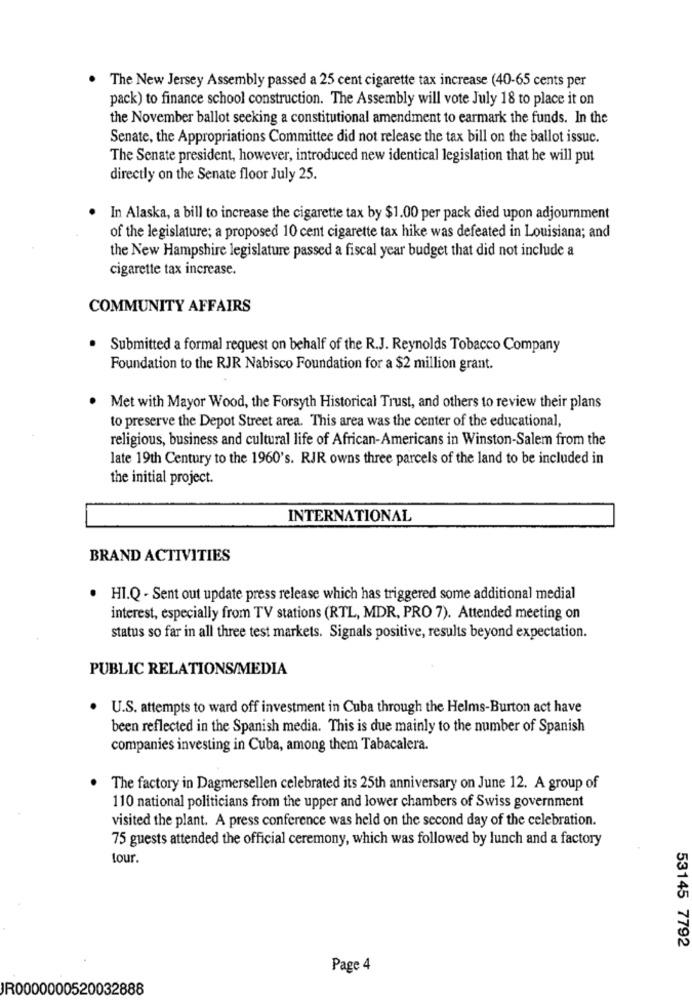
. The New Jersey Assembly passed a 25 cent cigarette tax increase (40-65 cents per
pack) to finance school construction. The Assembly will vote July 18 to place it on
the November ballot seeking a constitutional amendment to earmark the funds. In the
Senate, the Appropriations Committee did not release the tax bill on the ballot issuc.
The Senate president, however, introduced new identical legislation that he will put
directly on the Senate floor July 25.
In Alaska, a bill to increase the cigarette tax by $1.00 per pack died upon adjournment
of the legislature; a proposed 10 cent cigarette tax hike was defeated in Louisiana; and
the New Hampshire legislature passed a fiscal year budget that did not include a
cigarette tax increase.
COMMUNITY AFFAIRS
.
Submitted a formal request on behalf of the R.J. Reynolds Tobacco Company
Foundation to the RJR Nabisco Foundation for a $2 million grant.
.
Met with Mayor Wood, the Forsyth Historical Trust, and others to review their plans
to preserve the Depot Street area. This area was the center of the educational,
religious, business and cultural life of African-Americans in Winston-Salem from the
late 19th Century to the 1960's. RJR owns three parcels of the land to be included in
the initial project.
INTERNATIONAL
BRAND ACTIVITIES
· HI.Q - Sent out update press release which has triggered some additional medial
interest, especially from TV stations (RTL, MDR, PRO 7). Attended meeting on
status so far in all three test markets. Signals positive, results beyond expectation.
PUBLIC RELATIONS/MEDIA
.
U.S. attempts to ward off investment in Cuba through the Helms-Burton act have
been reflected in the Spanish media. This is due mainly to the number of Spanish
companies investing in Cuba, among them Tabacalera.
The factory in Dagmersellen celebrated its 25th anniversary on June 12. A group of
110 national politicians from the upper and lower chambers of Swiss government
visited the plant. A press conference was held on the second day of the celebration.
75 guests attended the official ceremony, which was followed by lunch and a factory
tour.
53145 7792
Page 4
JR0000000520032888